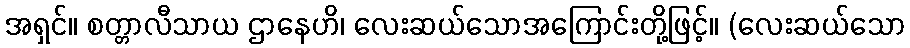
အရှင်။ စတ္တာလီသာယ ဌာနေဟိ၊ လေးဆယ်သောအကြောင်းတို့ဖြင့်။ (လေးဆယ်သော